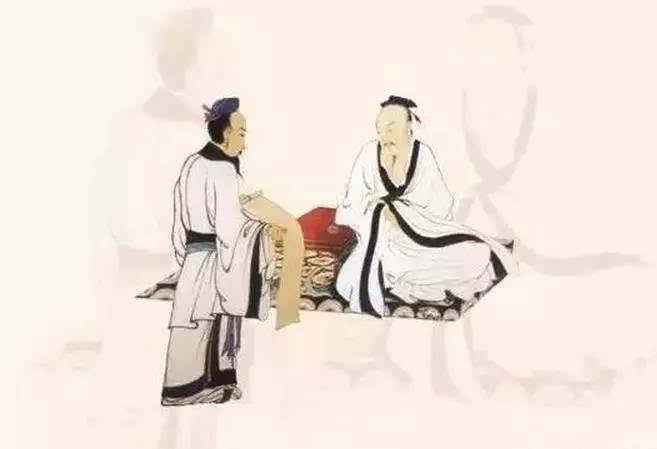
天与火，同人君子以类族辨物。